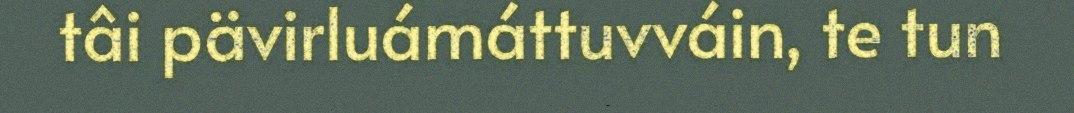
tâi pävirluámáttuvváin, te tun